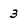
Character: 3